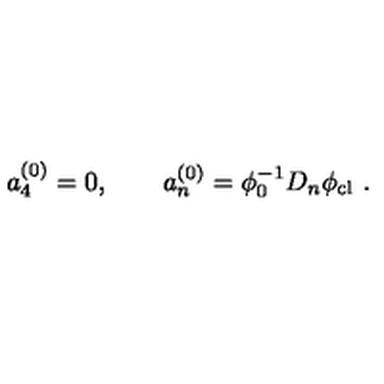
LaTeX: a _ { 4 } ^ { ( 0 ) } = 0 , \qquad a _ { n } ^ { ( 0 ) } = \phi _ { 0 } ^ { - 1 } D _ { n } \phi _ { \mathrm { c l } } \ .